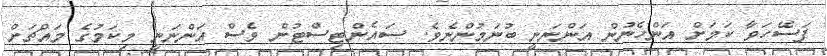
ފަސޭހަވާ ކަމަށް އަންހެނުން އަންނަނީ ބުނަމުންނެވެ. ސައެންޓިސްޓުން ވެސް އަންނަނީ މިކަމުގެ މައްޗަށް